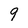
Character: 9